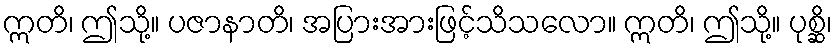
ဣတိ၊ ဤသို့။ ပဇာနာတိ၊ အပြားအားဖြင့်သိသလော။ ဣတိ၊ ဤသို့။ ပုစ္ဆိ၊